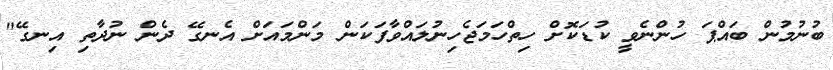
ބުނުމުން ބައްޕަ ހުންނެވީ ކުޑަކޮށް ހިތްހަމަޖެހިނުލައްވާފަކަން މަންމައަށް އެނގޭ ދެން ނުދާތި އިނގޭ"